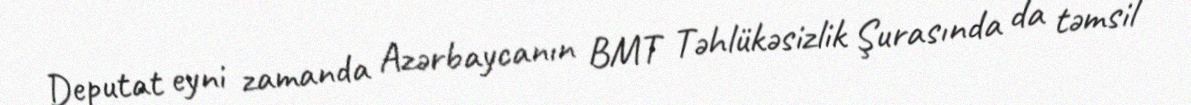
Deputat eyni zamanda Azərbaycanın BMT Təhlükəsizlik Şurasında da təmsil